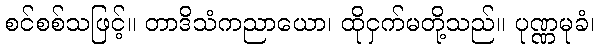
စင်စစ်သဖြင့်။ တာဒိသံကညာယော၊ ထိုငှက်မတို့သည်။ ပုဏ္ဏမုခံ၊